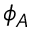
\phi _ { A }